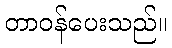
တာဝန်ပေးသည်။